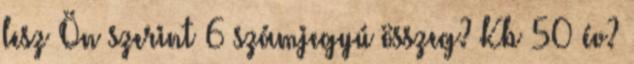
lesz Ön szerint 6 számjegyú összeg? Kb 50 év?